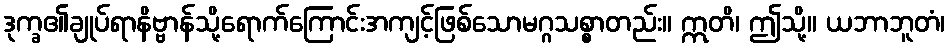
ဒုက္ခ၏ချုပ်ရာနိဗ္ဗာန်သို့ရောက်ကြောင်းအကျင့်ဖြစ်သောမဂ္ဂသစ္စာတည်း။ ဣတိ၊ ဤသို့။ ယဘာဘူတံ၊